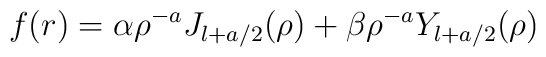
f(r) = \alpha \rho^{-a} J_{l+a/2}(\rho ) +\beta  \rho^{-a} Y_{l+a/2}(\rho ) \,